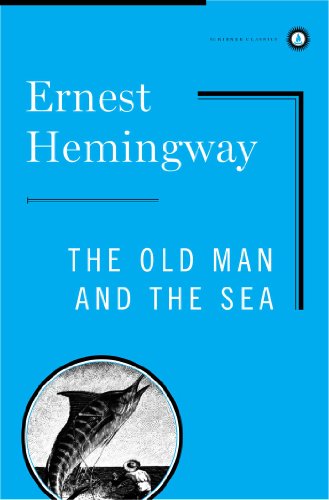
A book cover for The Old Man And The Sea (Scribner Classics); Ernest Hemingway; Literature & Fiction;